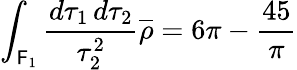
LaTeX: \int_{{\cal\mathsf{F}}_{1}}\frac{{d\tau_{1}\, d\tau_{2}}}{{\tau_{2}^{2}}}\overline{{{{\rho}}}}=6\pi-\frac{{45}}{{\pi}}